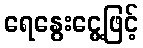
ရေနွေးငွေ့ဖြင့်